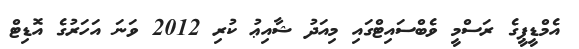
އެމްޑީޕީގެ ރަސްމީ ވެބްސައިޓްގައި މިއަދު ޝާއިޢު ކުރި 2012 ވަނަ އަހަރުގެ އޮޑިޓް